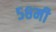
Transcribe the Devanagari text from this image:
५८मी